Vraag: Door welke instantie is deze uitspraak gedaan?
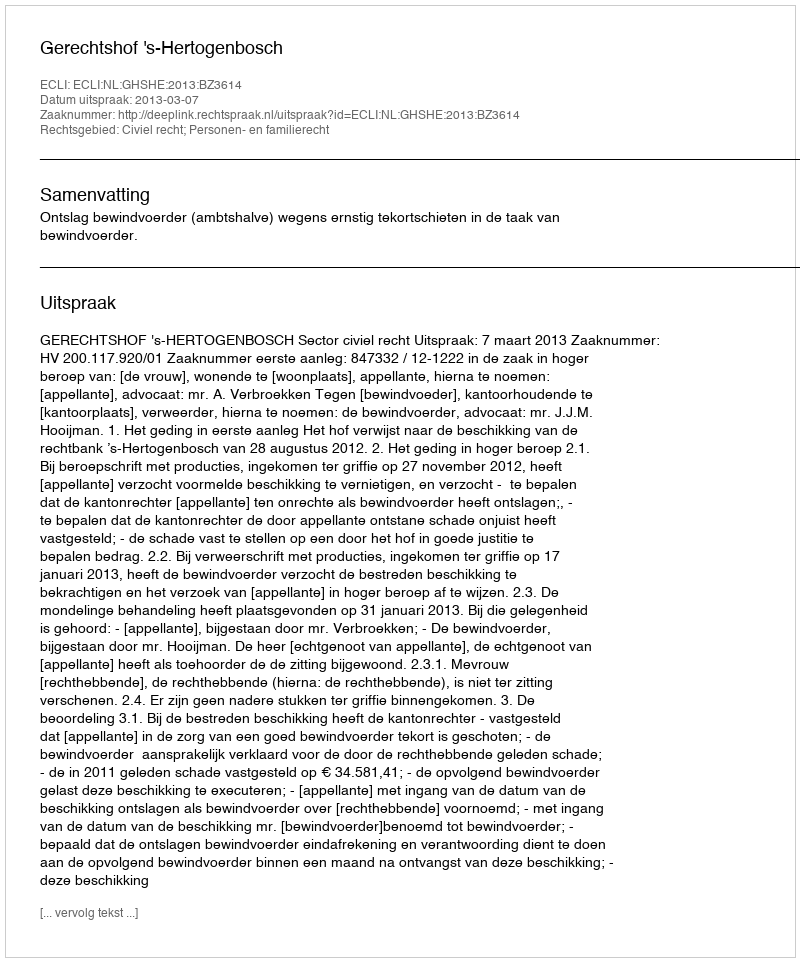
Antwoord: Gerechtshof 's-Hertogenbosch